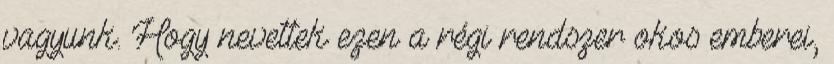
vagyunk. Hogy nevettek ezen a régi rendszer okos emberei,